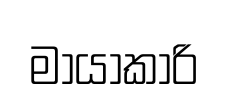
මායාකාරි